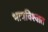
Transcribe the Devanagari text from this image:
भावविश्‍वात